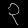
Digit: ၃